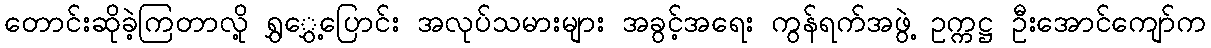
တောင်းဆိုခဲ့ကြတာလို့ ရွှွှေ့ပြောင်း အလုပ်သမားများ အခွင့်အရေး ကွန်ရက်အဖွဲ့ ဥက္ကဋ္ဌ ဦးအောင်ကျော်က